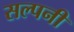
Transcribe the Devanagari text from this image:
सल्पनी